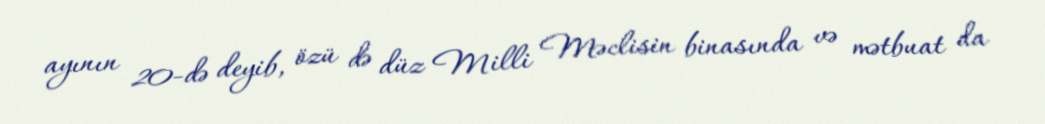
ayının 20-də deyib, özü də düz Milli Məclisin binasında və mətbuat da